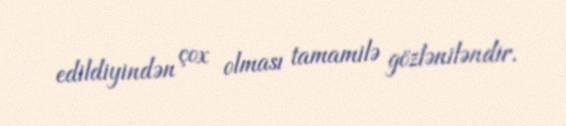
edildiyindən çox olması tamamilə gözləniləndir.